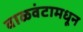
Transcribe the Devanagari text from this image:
वाळवंटामधून